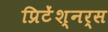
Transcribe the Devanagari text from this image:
प्रिटेंश्नर्स